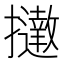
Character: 𢹗